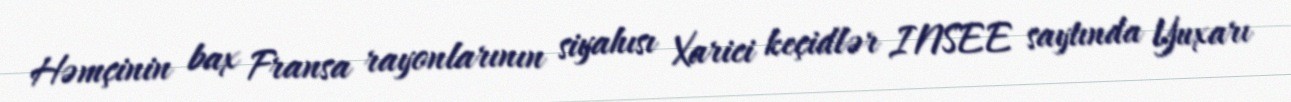
Həmçinin bax Fransa rayonlarının siyahısı Xarici keçidlər INSEE saytında Yuxarı